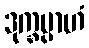
ဒုက္ခမ္ပာဟံ